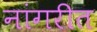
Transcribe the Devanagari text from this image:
नांगरीत